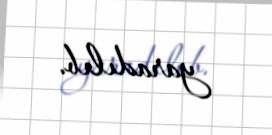
yaradılıb.